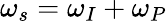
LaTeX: \omega_{s}=\omega_{I}+\omega_{P}